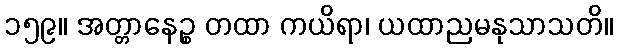
၁၅၉။ အတ္တာနေဉ္စ တထာ ကယိရာ၊ ယထာညမနုသာသတိ။